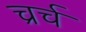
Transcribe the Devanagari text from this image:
च्रर्च